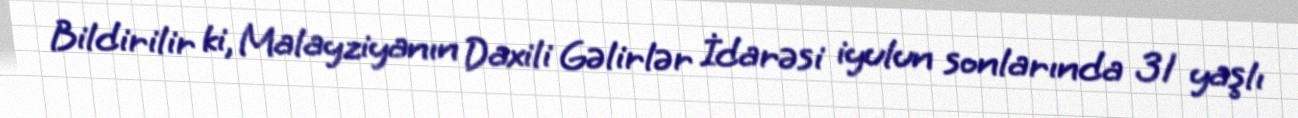
Bildirilir ki, Malayziyanın Daxili Gəlirlər İdarəsi iyulun sonlarında 31 yaşlı